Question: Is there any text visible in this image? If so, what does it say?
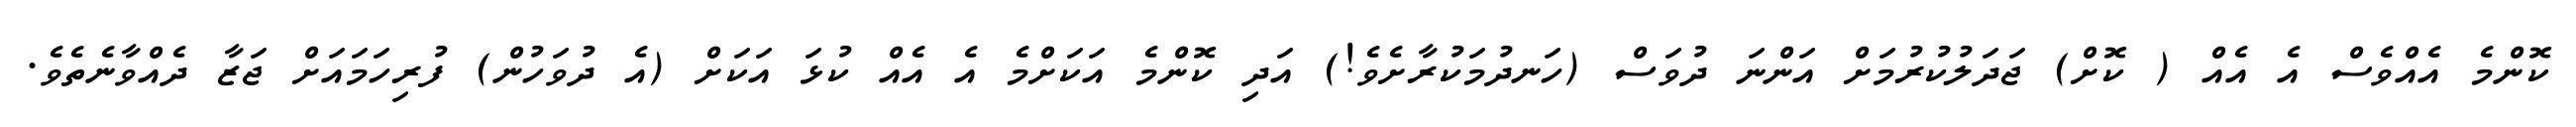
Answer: ކޮންމެ އެއްވެސް އެ އެއް ( ކޮށް) ޖަދަލުކުރުމަށް އަންނަ ދުވަސް (ހަނދުމަކުރާށެވެ!) އަދި ކޮންމެ އަކަށްމެ އެ އެއް ކުޅަ އަކަށް (އެ ދުވަހުން) ފުރިހަމައަށް ޖަޒާ ދެއްވާނެތެވެ.